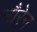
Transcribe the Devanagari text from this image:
नौरेन